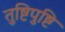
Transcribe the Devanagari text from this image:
तुष्टिपुष्टि